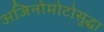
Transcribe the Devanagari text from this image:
अजिनोमोटोसुद्धा